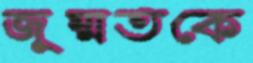
জুম্মতকে